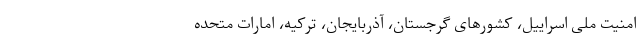
امنیت ملی اسراییل، کشورهای گرجستان، آذربایجان، ترکیه، امارات متحده